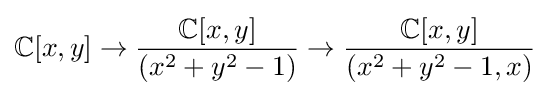
\mathbb {C} [x,y]\to {\frac {\mathbb {C} [x,y]}{(x^{2}+y^{2}-1)}}\to {\frac {\mathbb {C} [x,y]}{(x^{2}+y^{2}-1,x)}}